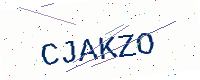
Text: CJAKZO